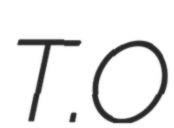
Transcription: T.O